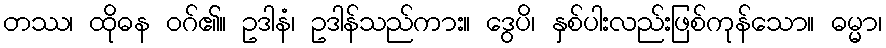
တဿ၊ ထိုဓန ဝဂ်၏။ ဥဒါနံ၊ ဥဒါန်သည်ကား။ ဒွေပိ၊ နှစ်ပါးလည်းဖြစ်ကုန်သော။ ဓမ္မာ၊